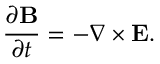
\frac { \partial { \bf { B } } } { \partial t } = - \nabla \times { \bf { E } } .